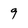
Character: 9